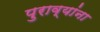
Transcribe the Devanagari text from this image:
पुराव्यांना